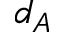
d _ { A }